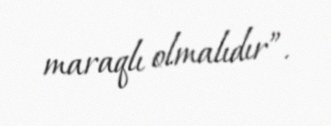
maraqlı olmalıdır”.